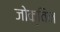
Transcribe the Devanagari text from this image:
जोक्विन